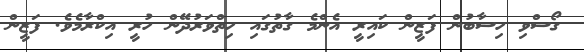
ގޯސްވި ހިސާބުން ފަޒީން ކައިރީ އެންމެ ގާތުގައި ހިތްވަރުދޭން ހުރީ އިކްރާމެވެ. ފަޒީން